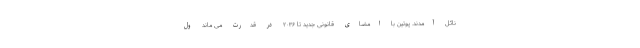
نائل آمدند. پوتین با امضای قانونی جدید تا ۲۰۳۶ در قدرت می ماند ول